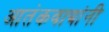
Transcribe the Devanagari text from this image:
आतंकवाद्यांनी